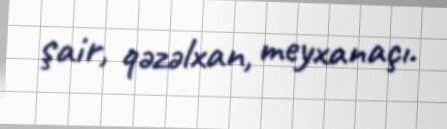
şair, qəzəlxan, meyxanaçı.